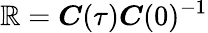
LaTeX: \boldsymbol{\mathbb{R}}=\boldsymbol{C}(\tau)\boldsymbol{C}(0)^{-1}